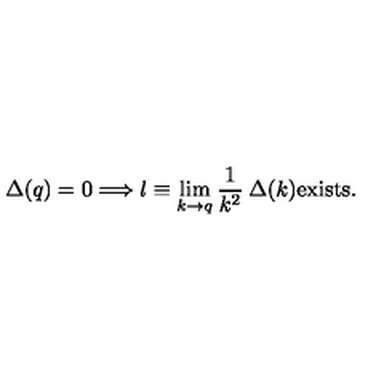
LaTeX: \Delta ( q ) = 0 \Longrightarrow l \equiv \lim _ { k \to q } \frac { 1 } { k ^ { 2 } } \: \Delta ( k ) { \mathrm { e x i s t s } } .